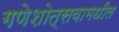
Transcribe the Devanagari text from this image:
गणेशोत्सवामधील